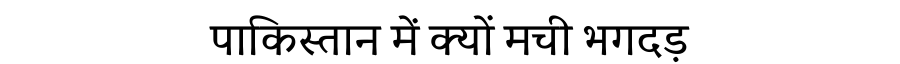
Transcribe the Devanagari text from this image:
पाकिस्तान में क्यों मची भगदड़